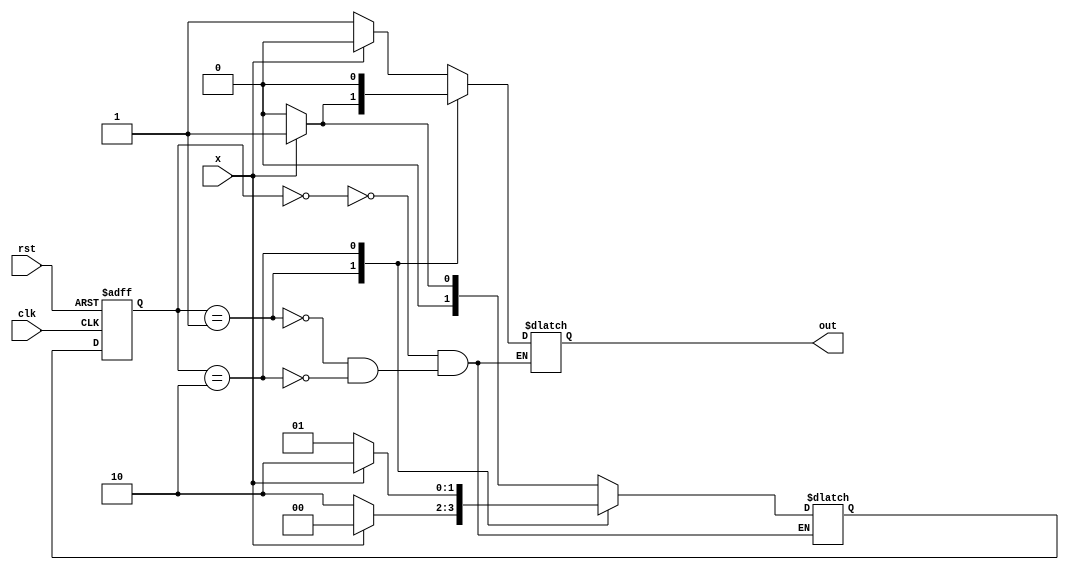
`timescale 1ns / 1ps
//////////////////////////////////////////////////////////////////////////////////
// Company: 
// Engineer: 
// 
// Design Name: 
// Module Name:    detector_multiple_3 
// Project Name: 
// Target Devices: 
// Tool versions: 
// Description: 
//
// Dependencies: 
//
// Revision: 
// Revision 0.01 - File Created
// Additional Comments: 
//
//////////////////////////////////////////////////////////////////////////////////

/*
   Assignment No. - 5
   Problem No. - 3
   Semester - 5 (Autumn 2021-22)
   Group No. - 30
   Group Members - Vanshita Garg (19CS10064) & Ashutosh Kumar Singh (19CS30008)
*/

// Module for multiple-of-3 detector FSM using a Mealy machine
// We have 3 states - S0 (0 mod 3), S1 (1 mod 3), S2 (2 mod 3)
module detector_multiple_3 (x, rst, clk, out);
    /*
      Input and output ports :
      x - the current input bit
      rst - the reset signal
      clk - the clock signal
      out - the output bit corresponding to the bit x
    */
    input x, rst, clk;
    output reg out;
    
    reg [1:0] PS, NS;
    parameter S0 = 2'b00, S1 = 2'b01, S2 = 2'b10;
    
    // Set the next state
    always @(posedge clk or posedge rst) begin
        if (rst)
            PS <= 2'b00;
        else 
            PS <= NS;
    end
    
    // Next state logic
    always @(*) begin
        case (PS)
            S0: NS = (x) ? S1 : S0;
            S1: NS = (x) ? S0 : S2;
            S2: NS = (x) ? S2 : S1;
        endcase
    end
    
    // Output logic
    always @(*) begin
        case (PS)
            S0: out = (x) ? 1'b0 : 1'b1;
            S1: out = (x) ? 1'b1 : 1'b0;
            S2: out = 1'b0;
        endcase
    end
endmodule